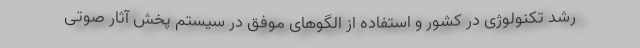
رشد تکنولوژی در کشور و استفاده از الگوهای موفق در سیستم پخش آثار صوتی